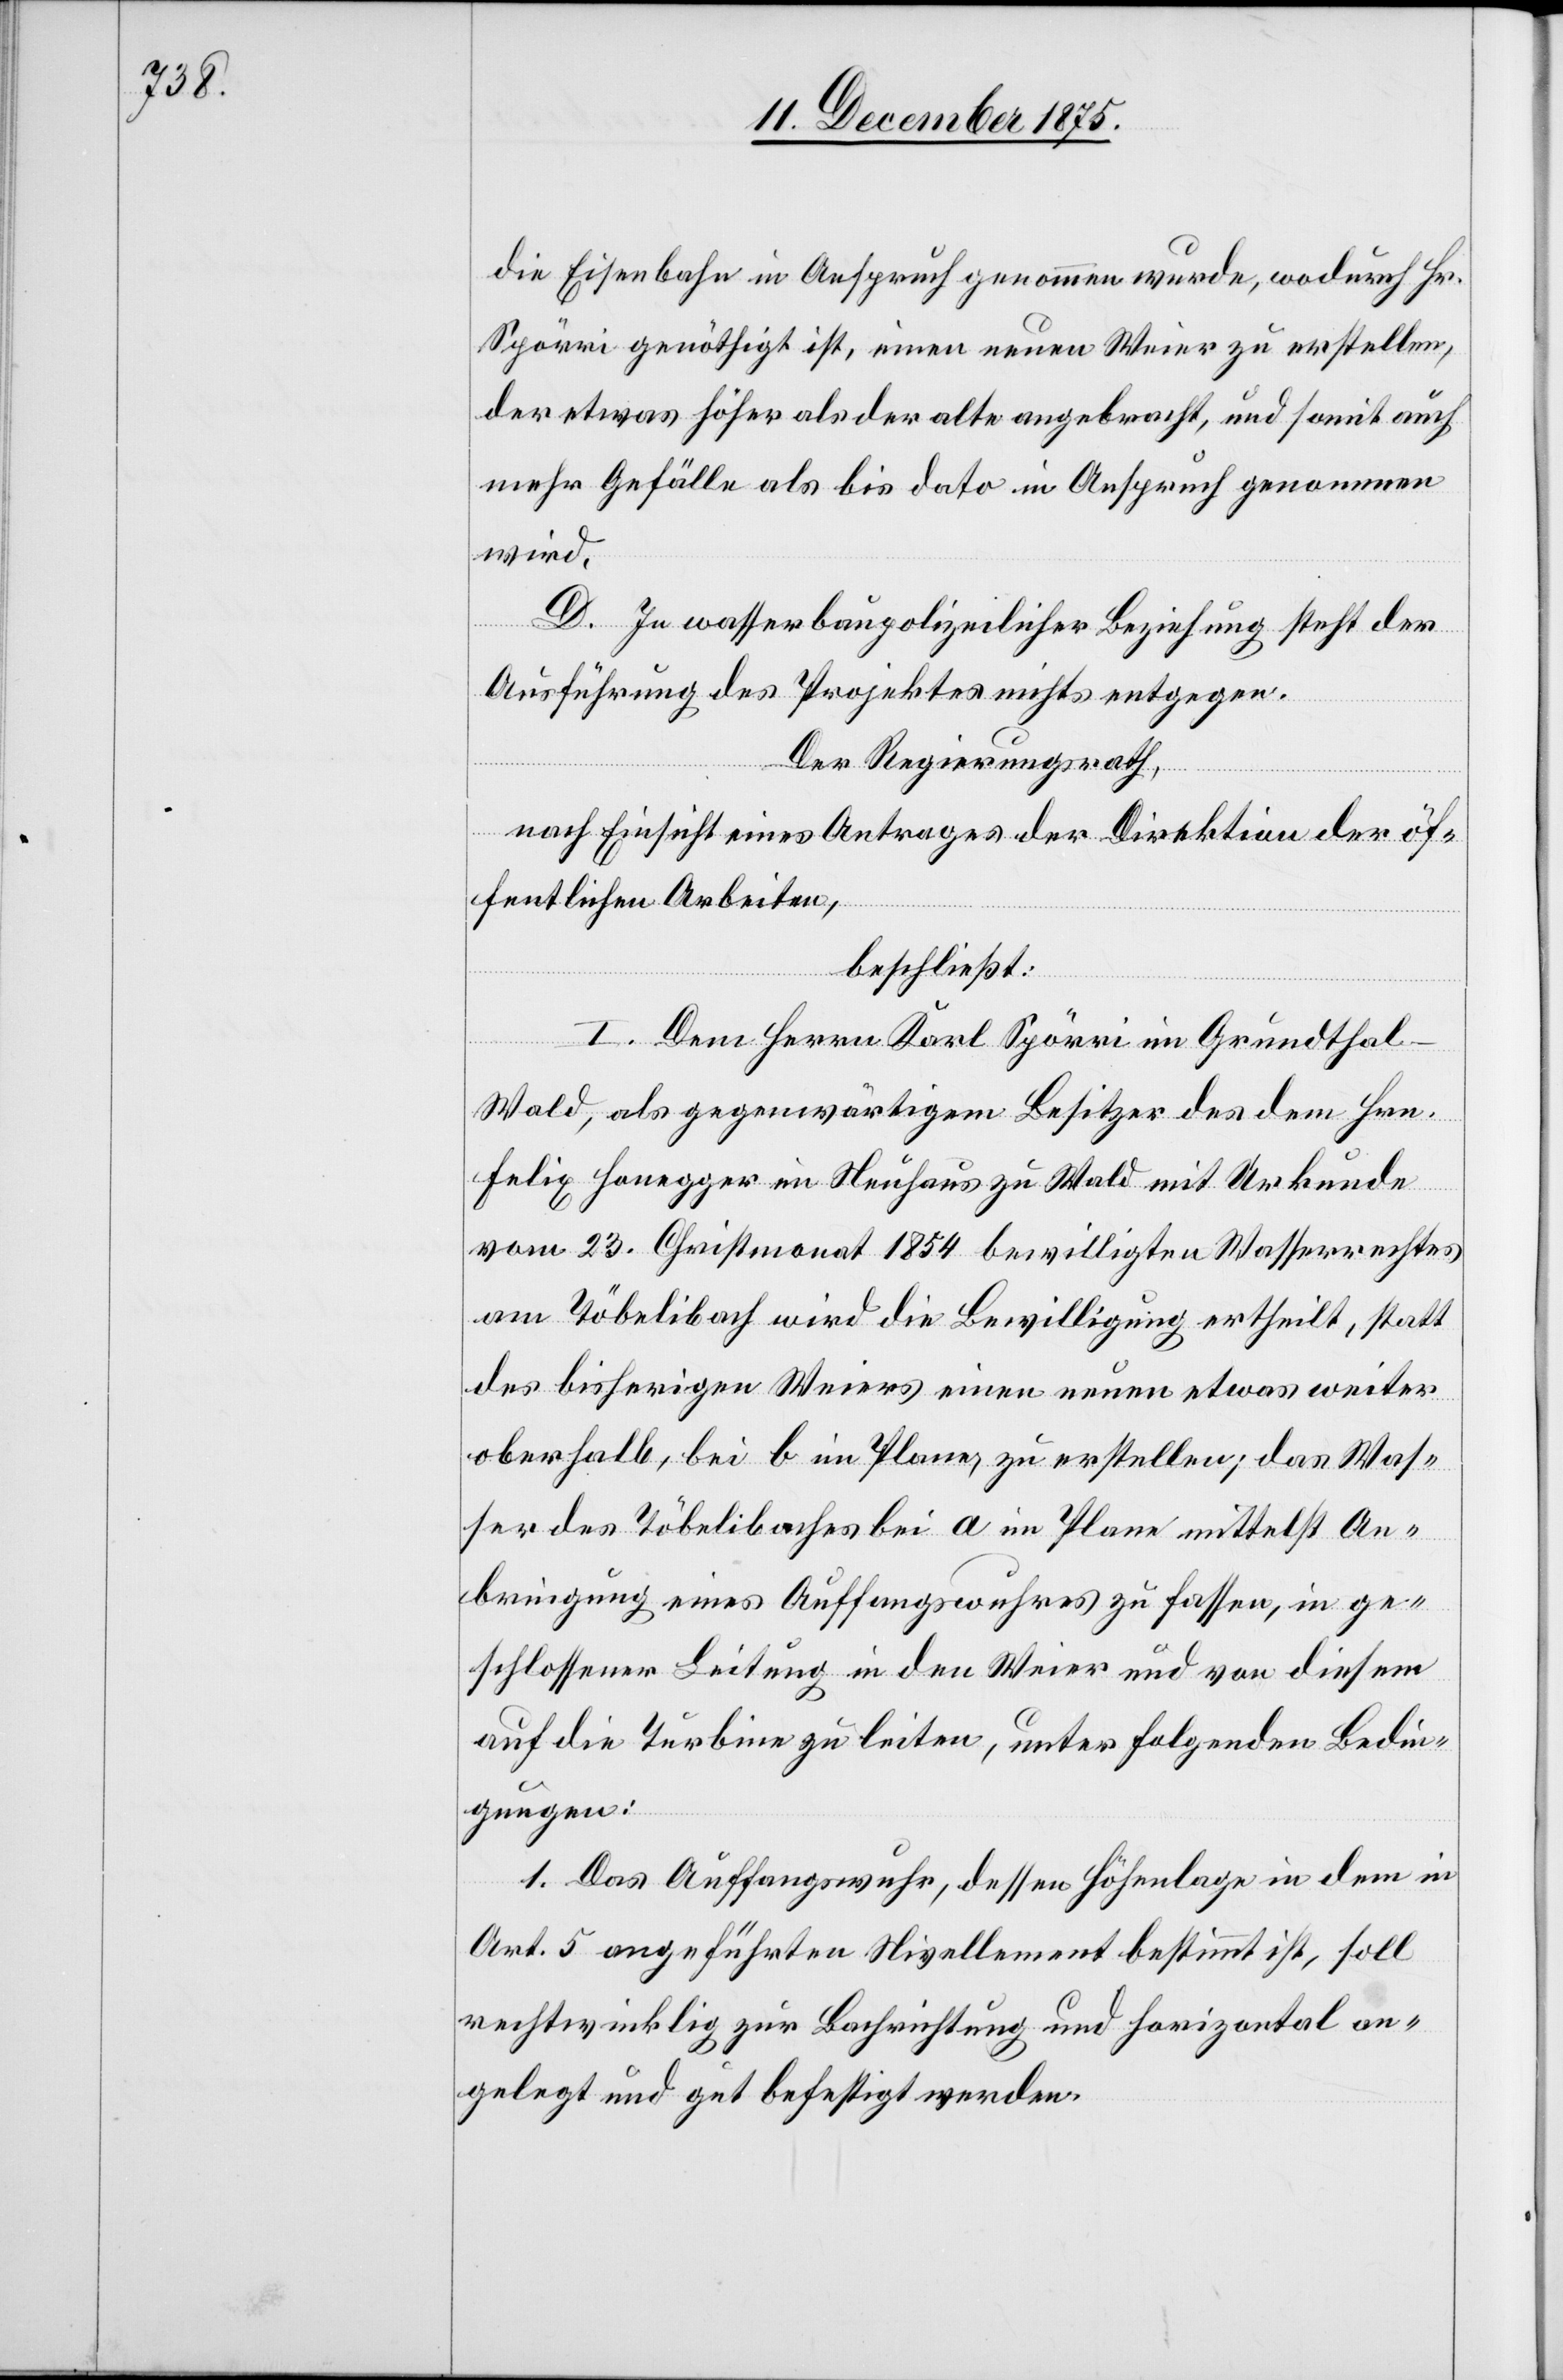
die Eisenbahn in Anspruch genommen wurde, wodurch Hr.
Spörri genöthigt ist, einen neuen Weier zu erstellen,
der etwas höher als der alte angebracht, und somit auch
mehr Gefälle als bis dato in Anspruch genommen
wird.
D. In wasserbaupolizeilicher Beziehung steht der
Ausführung des Projektes nichts entgegen.
Der Regierungsrath,
nach Einsicht eines Antrages der Direktion der öf¬
fentlichen Arbeiten,
beschließt:
I. Dem Herrn Karl Spörri im Grundthal
Wald, als gegenwärtigem Besitzer des dem Hrn.
Felix Honegger im Neuhaus zu Wald mit Urkunde
vom 23. Christmonat 1854 bewilligten Wasserrechtes
am Töbelibach wird die Bewilligung ertheilt, statt
des bisherigen Weiers einen neuen etwas weiter
oberhalb, bei b im Plane, zu erstellen; das Was¬
ser des Töbelibaches bei a im Plane mittelst An¬
bringung eines Auffangswuhres zu fassen, in ge¬
schlossener Leitung in den Weier und von diesem
auf die Turbine zu leiten, unter folgenden Bedin¬
gungen:
1. Das Auffangswuhr, dessen Höhenlage in dem in
Art. 5 angeführten Nivellement bestimmt ist, soll
rechtwinklig zur Bachrichtung und horizontal an¬
gelegt und gut befestigt werden.